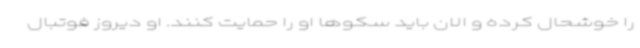
را خوشحال کرده و الان باید سکوها او را حمایت کنند. او دیروز فوتبال